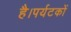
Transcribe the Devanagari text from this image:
है।पर्यटकों